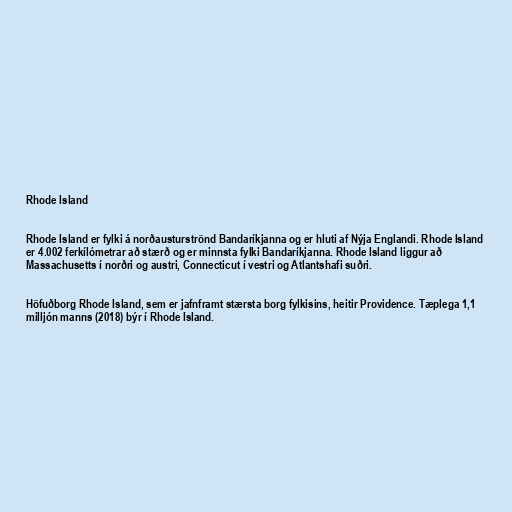
Rhode Island

Rhode Island er fylki á norðausturströnd Bandaríkjanna og er hluti af Nýja Englandi. Rhode Island
er 4.002 ferkílómetrar að stærð og er minnsta fylki Bandaríkjanna. Rhode Island liggur að
Massachusetts í norðri og austri, Connecticut í vestri og Atlantshafi suðri.

Höfuðborg Rhode Island, sem er jafnframt stærsta borg fylkisins, heitir Providence. Tæplega 1,1
milljón manns (2018) býr í Rhode Island.